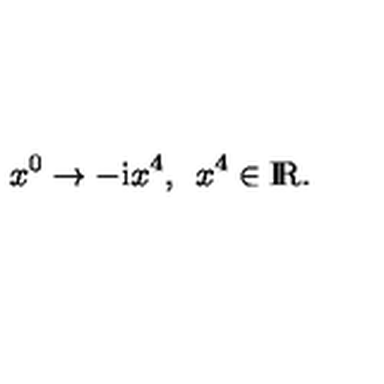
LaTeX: x ^ { 0 } \to - \mathrm { i } x ^ { 4 } , \enspace x ^ { 4 } \in \mathrm { I \! R } .